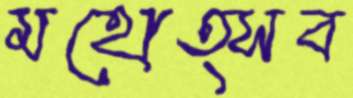
মহোত্সব